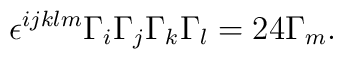
\epsilon^{ijklm} \Gamma_i \Gamma_j \Gamma_k \Gamma_l = 24 \Gamma_m.